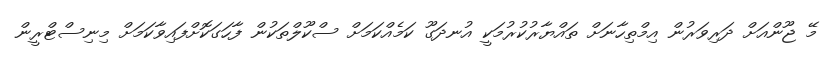
މޭ ޖޫންއަށް ދަރިވަރުން އިމްތިހާނަށް ތައްޔާރުކުރުމަކީ އުނދަގޫ ކަމެއްކަމަށް ސްކޫލްތަކުން ފާހަގަކޮށްފައިވާކަމަށް މިނިސްޓްރީން